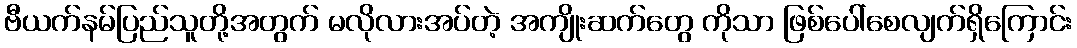
ဗီယက်နမ်ပြည်သူတို့အတွက် မလိုလားအပ်တဲ့ အကျိုးဆက်တွေ ကိုသာ ဖြစ်ပေါ်စေလျက်ရှိကြောင်း